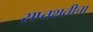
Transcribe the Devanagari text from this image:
सप्तशतीचा